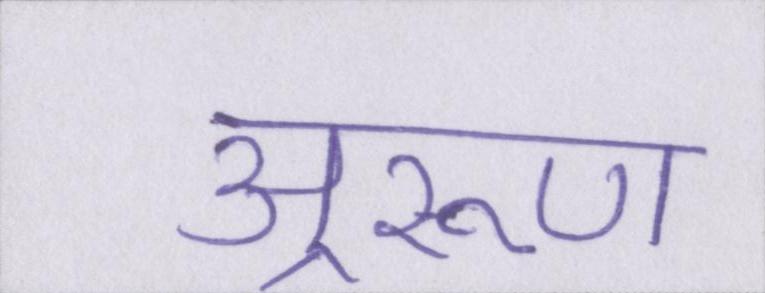
अ्ररूण